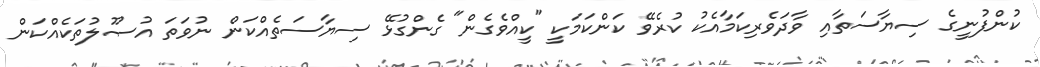
ކުންފުނީގެ ސިޔާސަތާއި ވާދަވެރިކަމާއެކު ކުރެވޭ ކަންކަމަކީ "ކީއްވެގެން" ގެންގުޅޭ ސިޔާސަތެއްކަން ނުވަތަ އުޞޫލުތަކެއްކަން